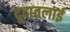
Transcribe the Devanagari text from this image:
दूदातलाई